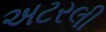
અટરલી